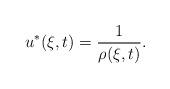
LaTeX: \begin{align*}u^*(\xi,t)=\frac{1}{\rho(\xi,t)}.\end{align*}